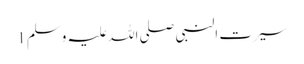
سیرت النبی صلی اللہ علیہ وسلم 1